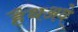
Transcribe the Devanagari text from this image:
हैथअवे